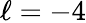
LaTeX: \ell=-4